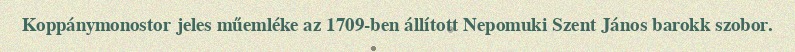
Koppánymonostor jeles műemléke az 1709-ben állított Nepomuki Szent János barokk szobor.